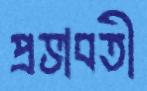
প্রভাবতী